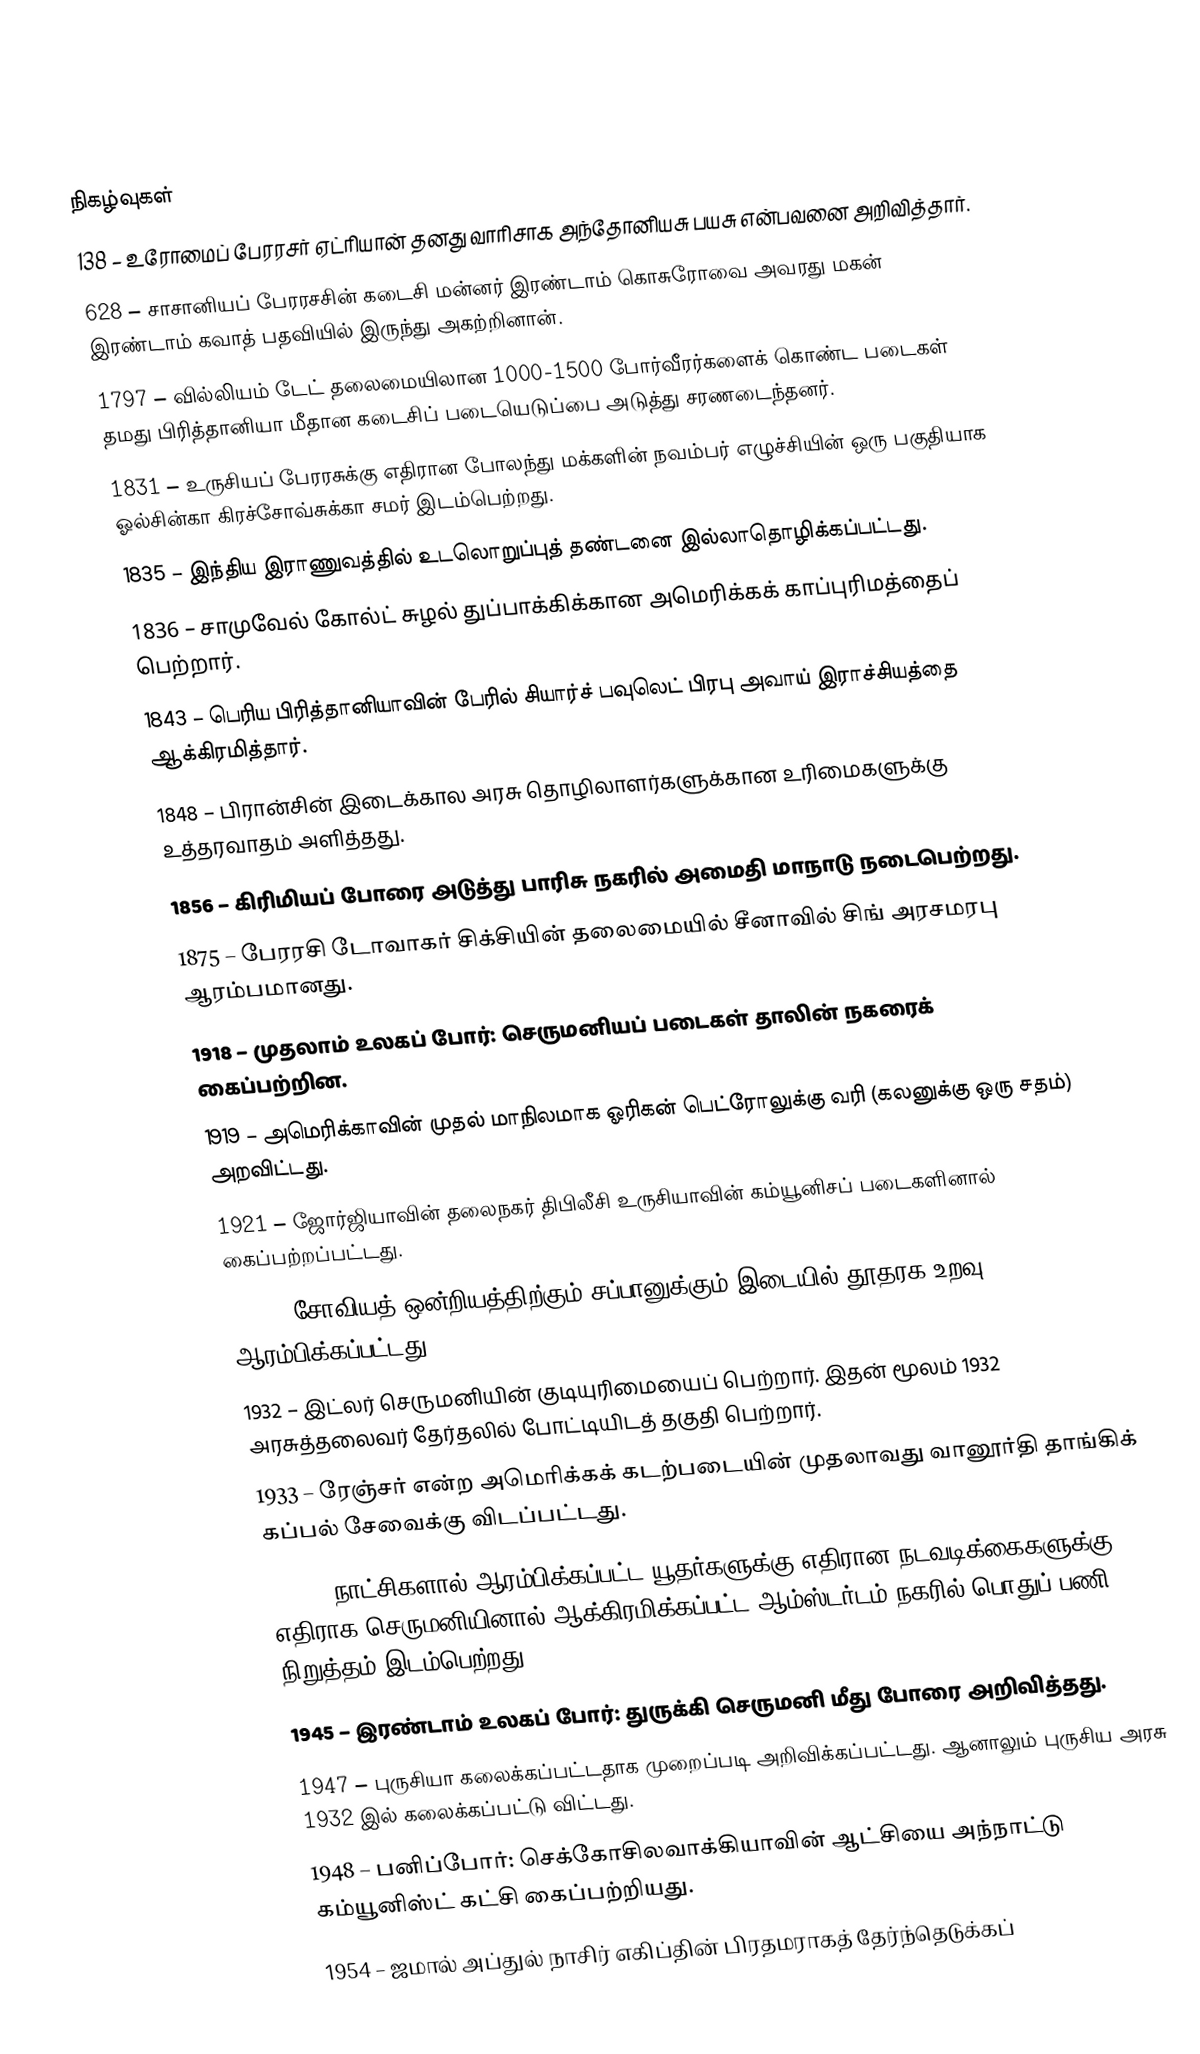

நிகழ்வுகள்
 138 – உரோமைப் பேரரசர் ஏட்ரியான் தனது வாரிசாக அந்தோனியசு பயசு என்பவனை அறிவித்தார்.
 628 – சாசானியப் பேரரசசின் கடைசி மன்னர் இரண்டாம் கொசுரோவை அவரது மகன் இரண்டாம் கவாத் பதவியில் இருந்து அகற்றினான்.
1797 – வில்லியம் டேட் தலைமையிலான 1000-1500 போர்வீரர்களைக் கொண்ட படைகள் தமது பிரித்தானியா மீதான கடைசிப் படையெடுப்பை அடுத்து சரணடைந்தனர்.
1831 – உருசியப் பேரரசுக்கு எதிரான போலந்து மக்களின் நவம்பர் எழுச்சியின் ஒரு பகுதியாக ஓல்சின்கா கிரச்சோவ்சுக்கா சமர் இடம்பெற்றது.
1835 – இந்திய இராணுவத்தில் உடலொறுப்புத் தண்டனை இல்லாதொழிக்கப்பட்டது.
1836 – சாமுவேல் கோல்ட் சுழல் துப்பாக்கிக்கான அமெரிக்கக் காப்புரிமத்தைப் பெற்றார்.
1843 – பெரிய பிரித்தானியாவின் பேரில் சியார்ச் பவுலெட் பிரபு அவாய் இராச்சியத்தை ஆக்கிரமித்தார்.
1848 – பிரான்சின் இடைக்கால அரசு தொழிலாளர்களுக்கான உரிமைகளுக்கு உத்தரவாதம் அளித்தது.
1856 – கிரிமியப் போரை அடுத்து பாரிசு நகரில் அமைதி மாநாடு நடைபெற்றது.
1875 – பேரரசி டோவாகர் சிக்சியின் தலைமையில் சீனாவில் சிங் அரசமரபு ஆரம்பமானது.
1918 – முதலாம் உலகப் போர்: செருமனியப் படைகள் தாலின் நகரைக் கைப்பற்றின.
1919 – அமெரிக்காவின் முதல் மாநிலமாக ஓரிகன் பெட்ரோலுக்கு வரி (கலனுக்கு ஒரு சதம்) அறவிட்டது.
1921 – ஜோர்ஜியாவின் தலைநகர் திபிலீசி உருசியாவின் கம்யூனிசப் படைகளினால் கைப்பற்றப்பட்டது.
1925 – சோவியத் ஒன்றியத்திற்கும் சப்பானுக்கும் இடையில் தூதரக உறவு ஆரம்பிக்கப்பட்டது.
1932 – இட்லர் செருமனியின் குடியுரிமையைப் பெற்றார். இதன் மூலம் 1932 அரசுத்தலைவர் தேர்தலில் போட்டியிடத் தகுதி பெற்றார்.
1933 – ரேஞ்சர் என்ற அமெரிக்கக் கடற்படையின் முதலாவது வானூர்தி தாங்கிக் கப்பல் சேவைக்கு விடப்பட்டது.
1941 – நாட்சிகளால் ஆரம்பிக்கப்பட்ட யூதர்களுக்கு எதிரான நடவடிக்கைகளுக்கு எதிராக செருமனியினால் ஆக்கிரமிக்கப்பட்ட ஆம்ஸ்டர்டம் நகரில் பொதுப் பணி நிறுத்தம் இடம்பெற்றது.
1945 – இரண்டாம் உலகப் போர்: துருக்கி செருமனி மீது போரை அறிவித்தது.
1947 – புருசியா கலைக்கப்பட்டதாக முறைப்படி அறிவிக்கப்பட்டது. ஆனாலும் புருசிய அரசு 1932 இல் கலைக்கப்பட்டு விட்டது.
1948 – பனிப்போர்: செக்கோசிலவாக்கியாவின் ஆட்சியை அந்நாட்டு கம்யூனிஸ்ட் கட்சி கைப்பற்றியது.
1954 – ஜமால் அப்துல் நாசிர் எகிப்தின் பிரதமராகத் தேர்ந்தெடுக்கப்